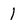
Character: 1